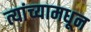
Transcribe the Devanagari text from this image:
त्यांच्यामधून